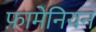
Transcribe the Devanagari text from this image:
फ़ामेनियन